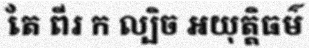
តែ ពីរ ក ល្បិច អយុត្តិធម៌